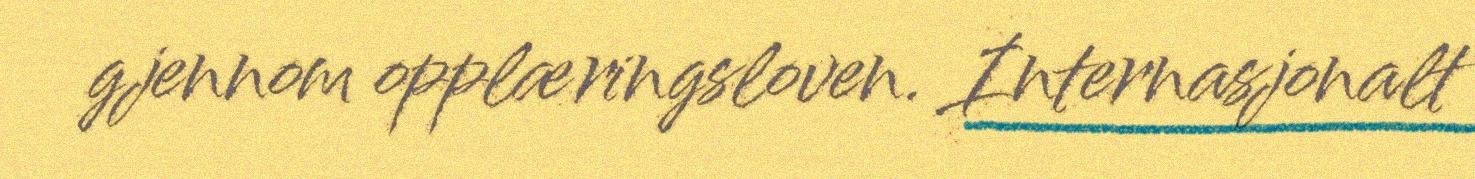
gjennom opplæringsloven. Internasjonalt